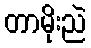
တာမိုးညဲ